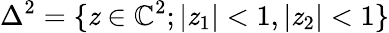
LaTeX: \Delta^{2}=\{ \mathit{z}\in\mathbb{{C}}^{2};|\mathit{z}_{1}|<1,|\mathit{z}_{2}|<1\}